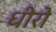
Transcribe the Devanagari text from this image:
धीरो